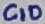
Text: C10